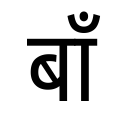
OCR:
बाँ